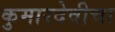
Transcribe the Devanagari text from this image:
कुमारदेवीचा